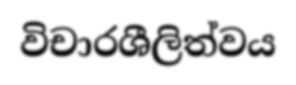
විචාරශීලිත්වය